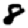
Digit: 8